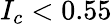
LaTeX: I_{c}<0.55